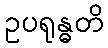
ဥပရုန္ဓတိ